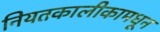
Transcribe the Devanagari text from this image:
नियतकालीकामधून